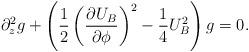
LaTeX: \begin{align*}\partial_z^2 g+\left(\frac{1}{2}\left(\frac{\partial U_B}{\partial\phi}\right)^2 - \frac{1}{4}U_B^2\right)g = 0.\end{align*}